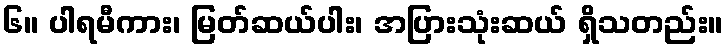
၆။ ပါရမီကား၊ မြတ်ဆယ်ပါး၊ အပြားသုံးဆယ် ရှိသတည်း။